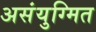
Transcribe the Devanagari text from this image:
असंयुग्मित